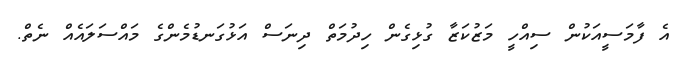
އެ ފާމަސީއަކުން ސިއްހީ މަޒުކަޒާ ގުޅިގެން ހިދުމަތް ދިނަސް އަޅުގަނޑުމެންގެ މައްސަލައެއް ނެތް.